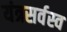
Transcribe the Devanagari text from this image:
यंत्रसर्वस्व